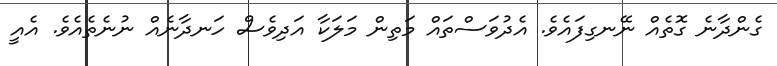
ގެންދާނެ ގޮތެއް ނޭނގިފައެވެ. އެދުވަސްތައް މަތިން މަލަކާ އަދިވެސް ހަނދާނެއް ނުނެތެއެވެ. އެއީ